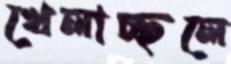
খেলাচ্ছলে